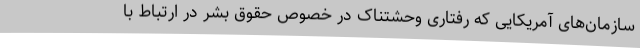
سازمان‌های آمریکایی که رفتاری وحشتناک در خصوص حقوق بشر در ارتباط با